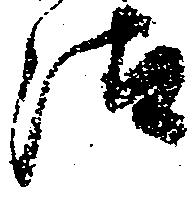
汰